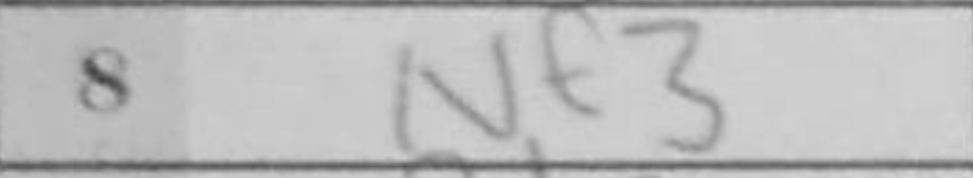
Transcription: Nf3